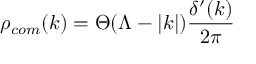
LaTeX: \rho _ { c o m } ( k ) = \Theta ( \Lambda - | k | ) \frac { \delta ^ { \prime } ( k ) } { 2 \pi }